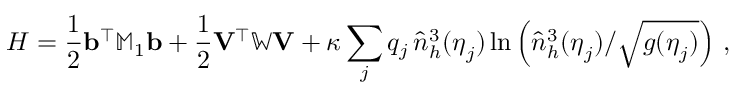
{ H } = \frac { 1 } { 2 } { \mathbf b } ^ { \top } { \mathbb { M } } _ { 1 } { \mathbf b } + \frac { 1 } { 2 } { \mathbf V } ^ { \top } \mathbb { W } { \mathbf V } + \kappa \sum _ { j } q _ { j } \, \hat { n } _ { h } ^ { 3 } ( \boldsymbol \eta _ { j } ) \ln \left( \hat { n } _ { h } ^ { 3 } ( \boldsymbol \eta _ { j } ) / \sqrt { g ( \boldsymbol \eta _ { j } ) } \right) \, ,